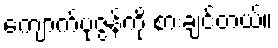
ကျောက်ပုဇွန်ကို စားချင်တယ်။